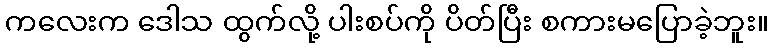
ကလေးက ဒေါသ ထွက်လို့ ပါးစပ်ကို ပိတ်ပြီး စကားမပြောခဲ့ဘူး။